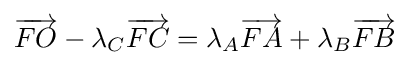
{\overrightarrow {FO}}-\lambda _{C}{\overrightarrow {FC}}=\lambda _{A}{\overrightarrow {FA}}+\lambda _{B}{\overrightarrow {FB}}